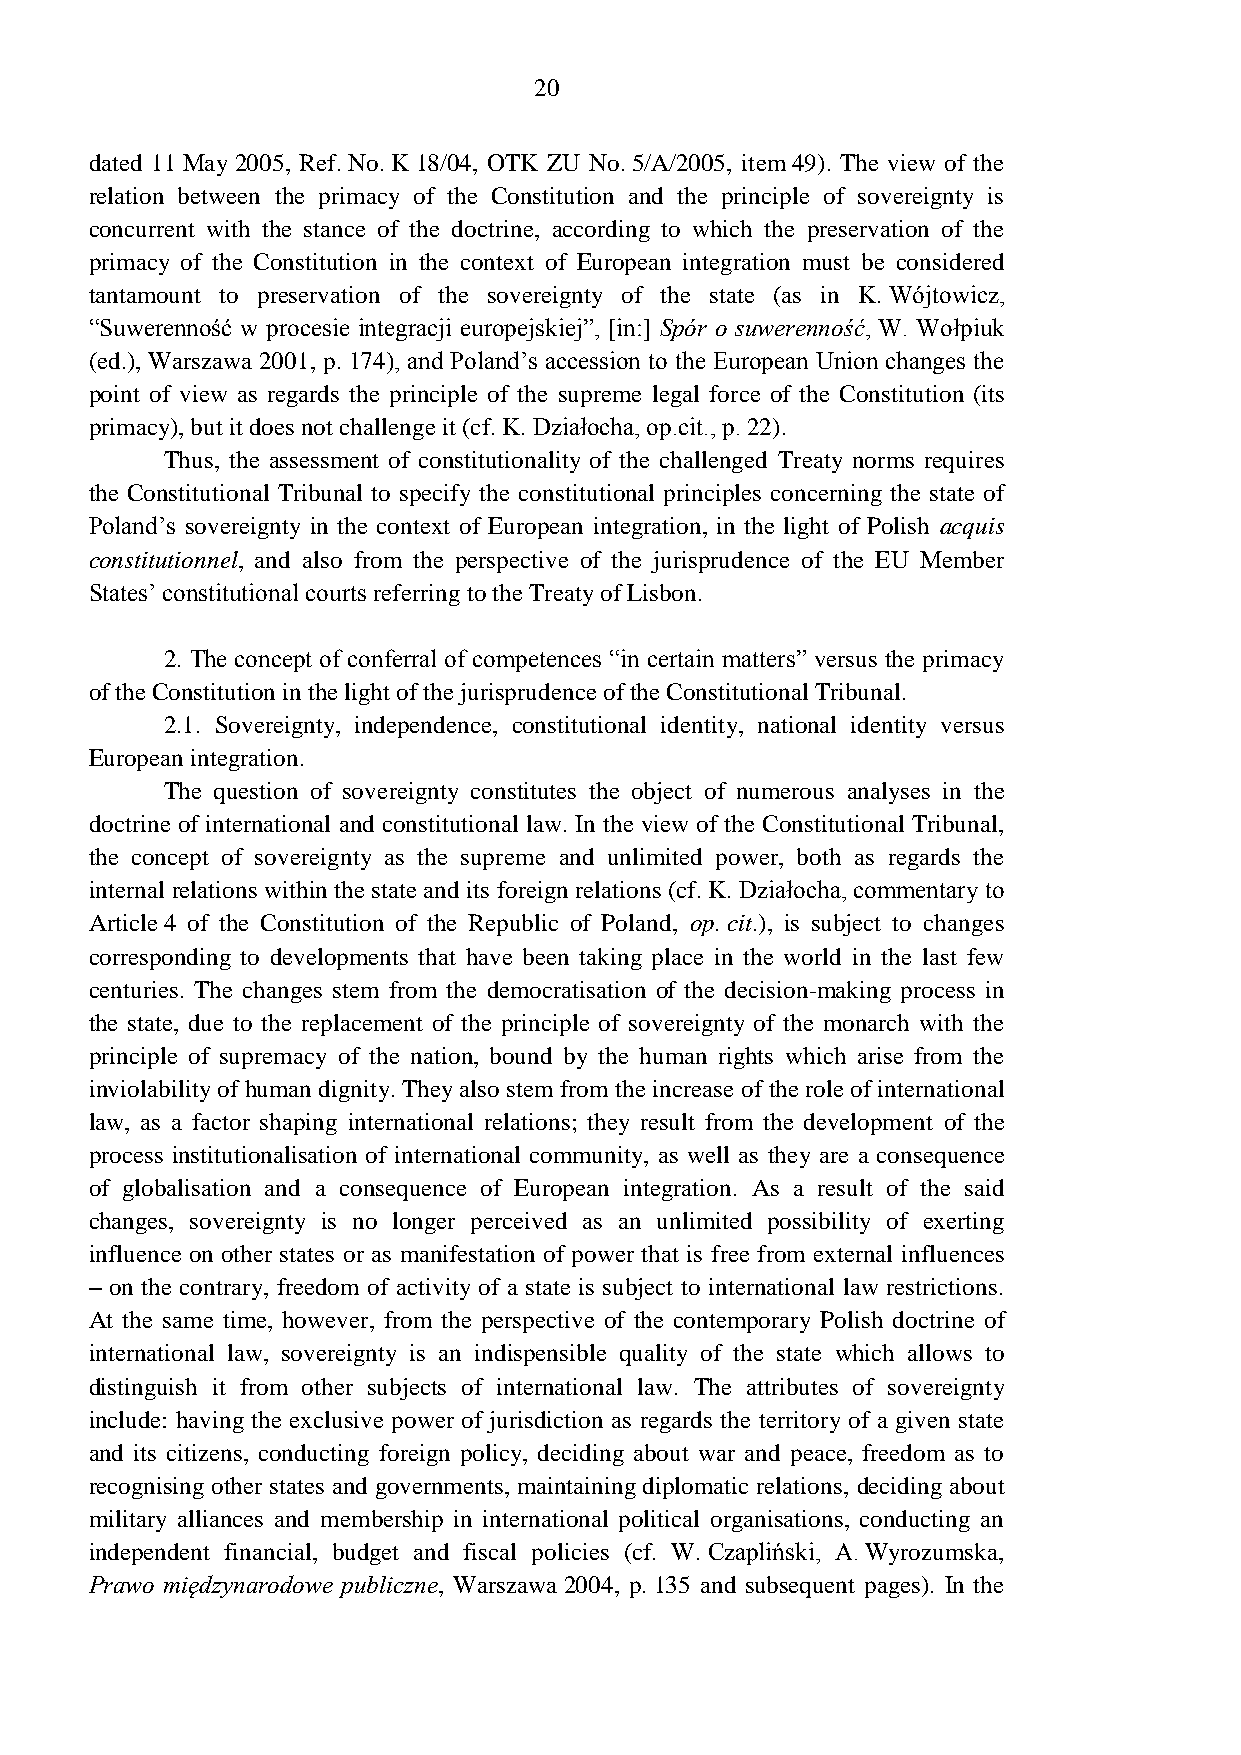
20
 dated 11 May 2005, Ref. No. K 18/04, OTK ZU No. 5/A/2005, item 49). The view of the
 relation between the primacy of the Constitution and the principle of sovereignty is
 concurrent with the stance of the doctrine, according to which the preservation of the
 primacy of the Constitution in the context of European integration must be considered
 tantamount to preservation of the sovereignty of the state (as in K. Wójtowicz,
 “Suwerenność w procesie integracji europejskiej”, [in:] Spór o suwerenność, W. Wołpiuk
 (ed.), Warszawa 2001, p. 174), and Poland’s accession to the European Union changes the
 point of view as regards the principle of the supreme legal force of the Constitution (its
 primacy), but it does not challenge it (cf. K. Działocha, op.cit., p. 22).
 Thus, the assessment of constitutionality of the challenged Treaty norms requires
 the Constitutional Tribunal to specify the constitutional principles concerning the state of
 Poland’s sovereignty in the context of European integration, in the light of Polish acquis
 constitutionnel, and also from the perspective of the jurisprudence of the EU Member
 States’ constitutional courts referring to the Treaty of Lisbon.
 2. The concept of conferral of competences “in certain matters” versus the primacy
 of the Constitution in the light of the jurisprudence of the Constitutional Tribunal.
 2.1. Sovereignty, independence, constitutional identity, national identity versus
 European integration.
 The question of sovereignty constitutes the object of numerous analyses in the
 doctrine of international and constitutional law. In the view of the Constitutional Tribunal,
 the concept of sovereignty as the supreme and unlimited power, both as regards the
 internal relations within the state and its foreign relations (cf. K. Działocha, commentary to
 Article 4 of the Constitution of the Republic of Poland, op. cit.), is subject to changes
 corresponding to developments that have been taking place in the world in the last few
 centuries. The changes stem from the democratisation of the decision-making process in
 the state, due to the replacement of the principle of sovereignty of the monarch with the
 principle of supremacy of the nation, bound by the human rights which arise from the
 inviolability of human dignity. They also stem from the increase of the role of international
 law, as a factor shaping international relations; they result from the development of the
 process institutionalisation of international community, as well as they are a consequence
 of globalisation and a consequence of European integration. As a result of the said
 changes, sovereignty is no longer perceived as an unlimited possibility of exerting
 influence on other states or as manifestation of power that is free from external influences
 – on the contrary, freedom of activity of a state is subject to international law restrictions.
 At the same time, however, from the perspective of the contemporary Polish doctrine of
 international law, sovereignty is an indispensible quality of the state which allows to
 distinguish it from other subjects of international law. The attributes of sovereignty
 include: having the exclusive power of jurisdiction as regards the territory of a given state
 and its citizens, conducting foreign policy, deciding about war and peace, freedom as to
 recognising other states and governments, maintaining diplomatic relations, deciding about
 military alliances and membership in international political organisations, conducting an
 independent financial, budget and fiscal policies (cf. W. Czapliński, A. Wyrozumska,
 Prawo międzynarodowe publiczne, Warszawa 2004, p. 135 and subsequent pages). In the